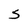
Character: 5